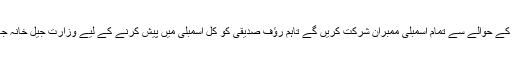
اسپیکر اسمبلی نے بتایا کہ’’ کل قائد ایوان کے انتخابات کے حوالے سے تمام اسمبلی ممبران شرکت کریں گے تاہم رؤف صدیقی کو کل اسمبلی میں پیش کرنے کے لیے وزارت جیل خانہ جات اور آئی جی جیل خانہ جات کو خط لکھ دیا گیا ہے‘‘۔